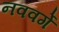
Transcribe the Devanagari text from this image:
नववर्गे